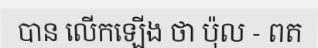
បាន លើកឡើង ថា ប៉ុល - ពត